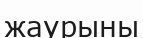
жаурыны